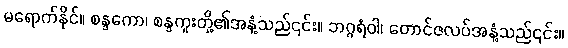
မရောက်နိုင်။ စန္ဒကော၊ စန္ဒကူးတို့၏အနံ့သည်၎င်း။ ဘဂ္ဂရံဝါ၊ တောင်ဇလပ်အနံ့သည်၎င်း။